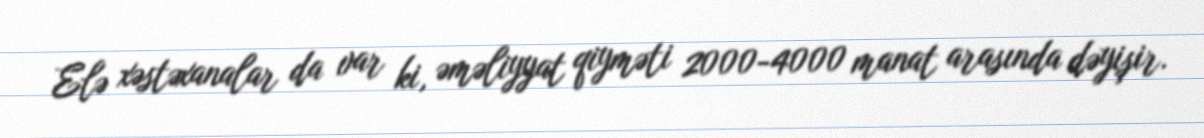
Elə xəstəxanalar da var ki, əməliyyat qiyməti 2000-4000 manat arasında dəyişir.